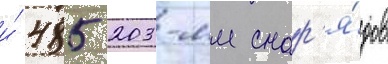
и́ 485 203-мм снар'я́дов